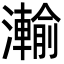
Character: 瀭